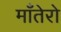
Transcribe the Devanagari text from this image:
माँतेरो